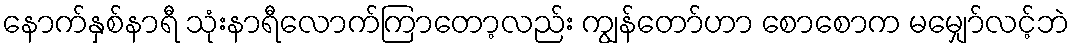
နောက်နှစ်နာရီ သုံးနာရီလောက်ကြာတော့လည်း ကျွန်တော်ဟာ စောစောက မမျှော်လင့်ဘဲ